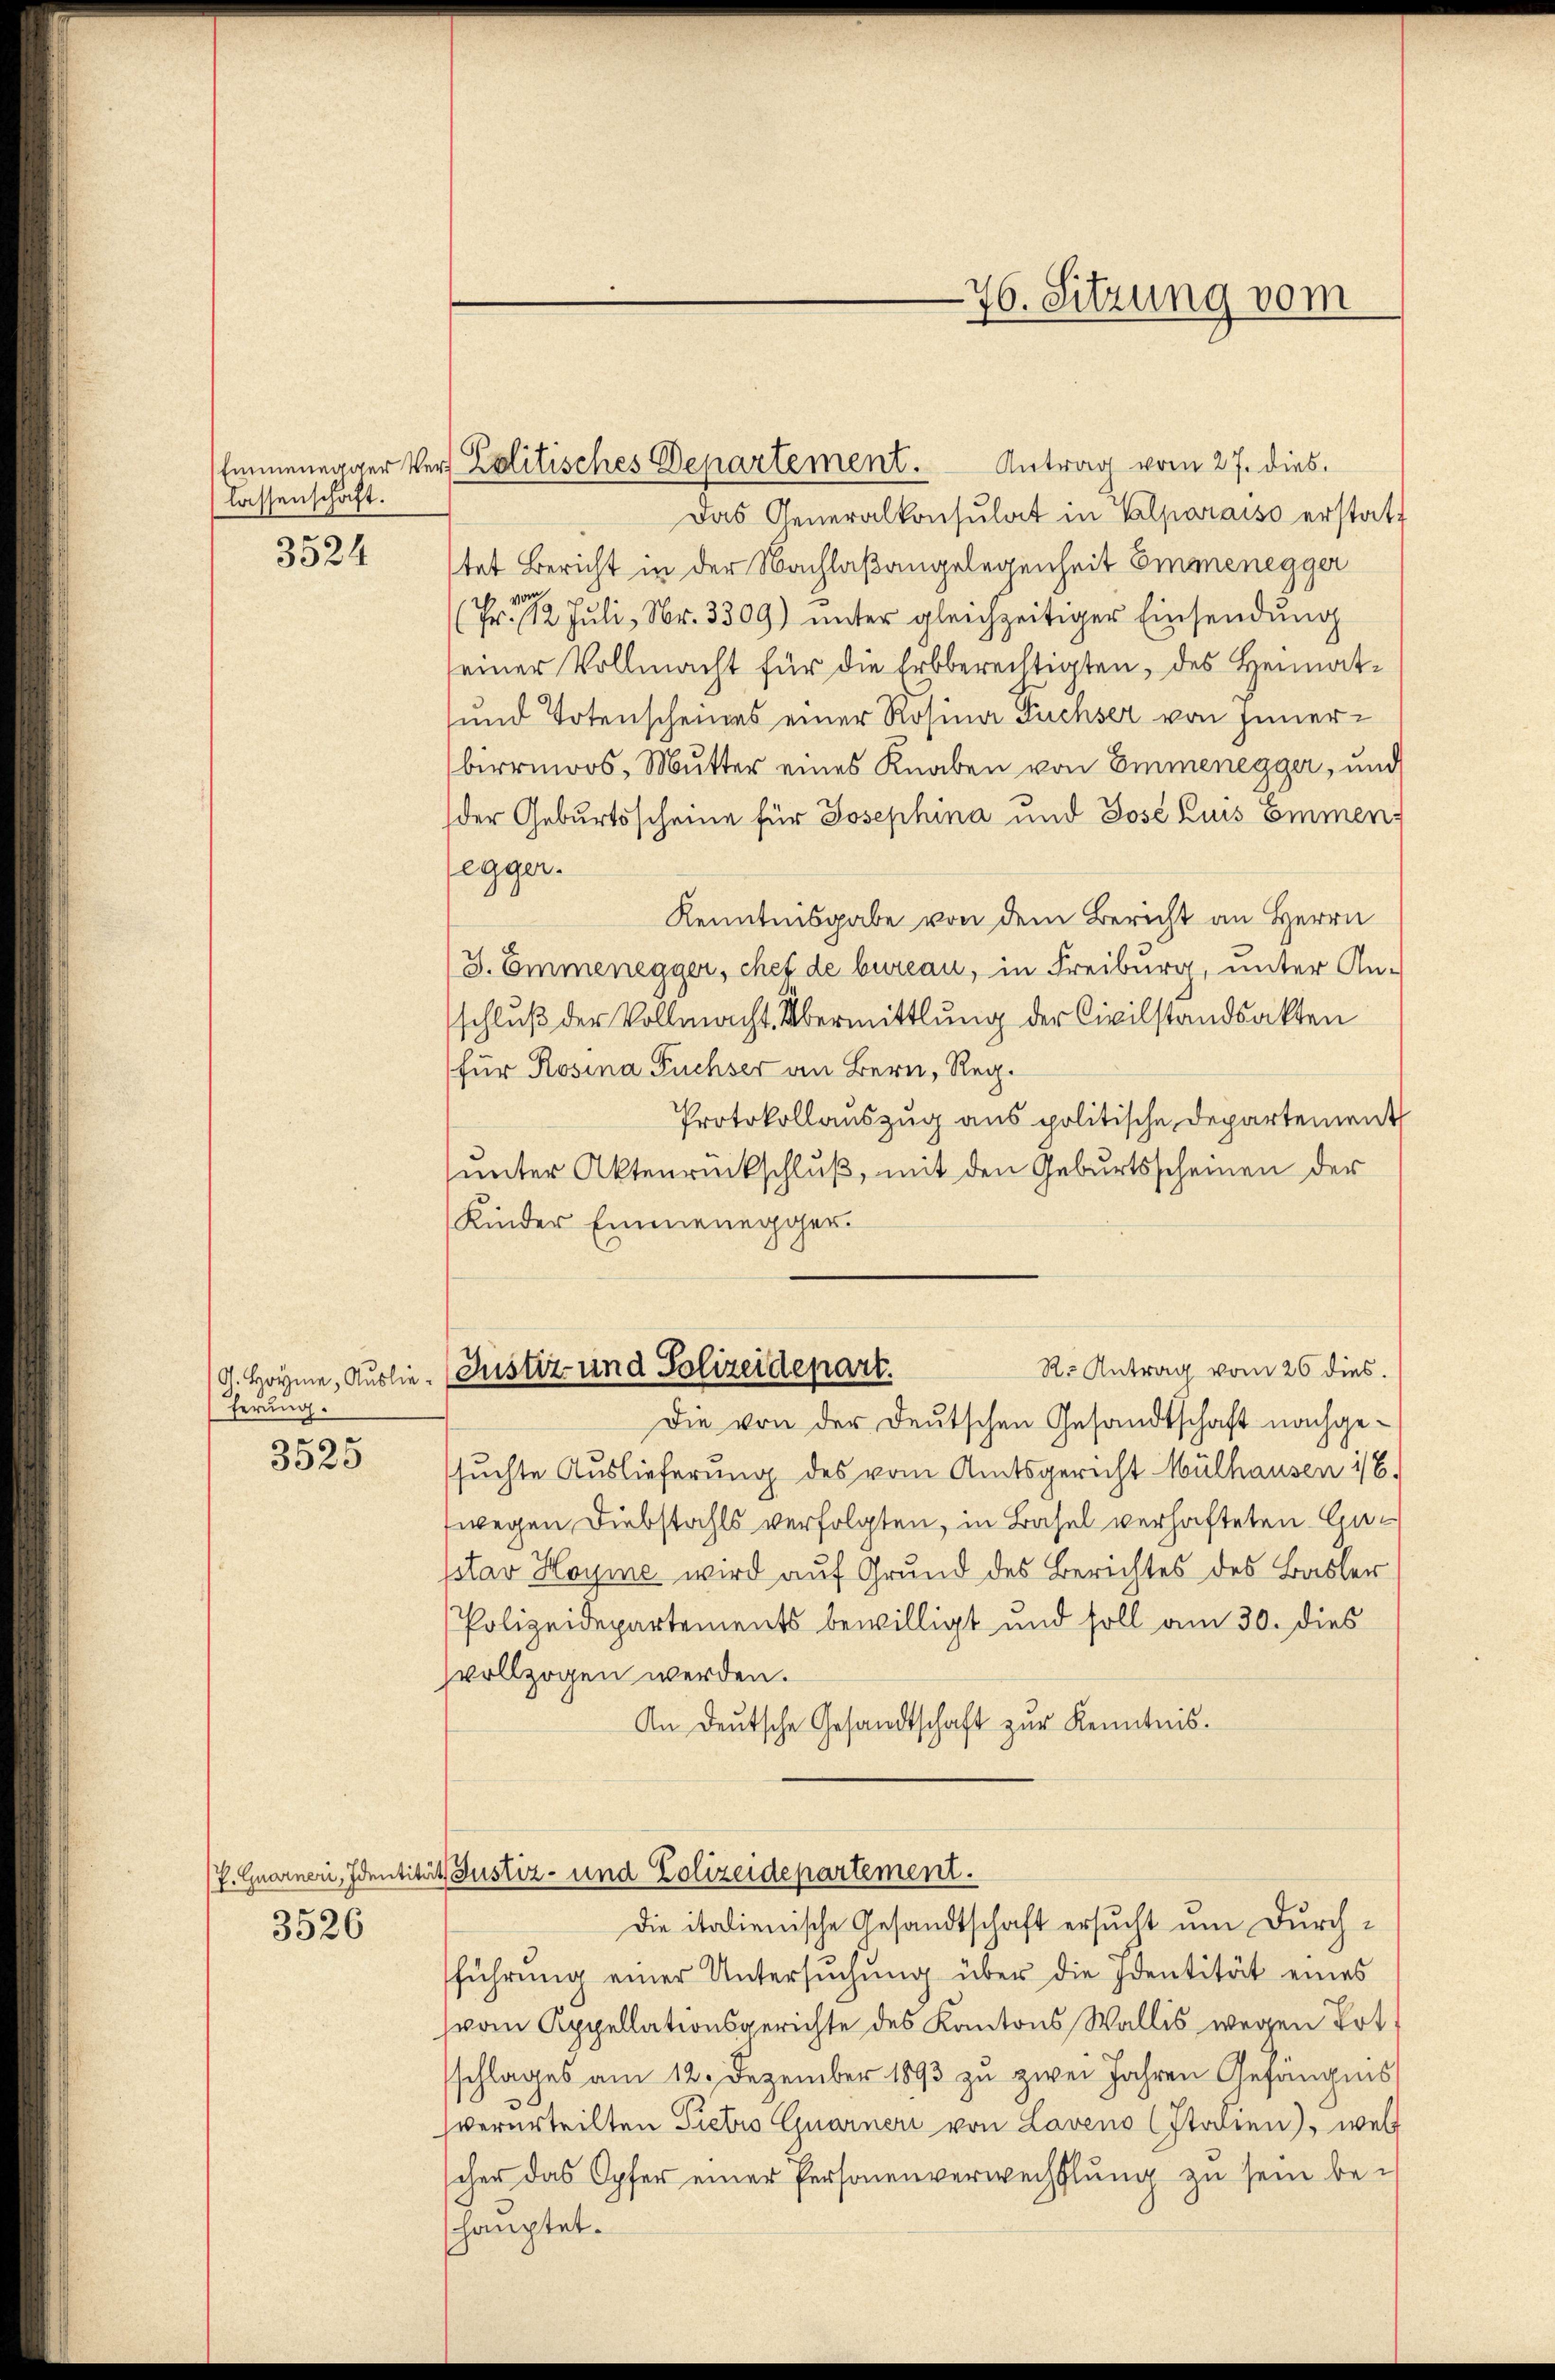
lassenschaft.
3524

ferung.
3525

3526

Emmenerger Verf Lolitisches Departement. Antrag vom 27. dies

76. Sitzung vom

Das Generalkonsulat in Valparaiso erstatt
stet Bericht in der Nachlaßangelegenheit Emmenegger
(Fr. 12 Juli, Nr. 3309) ŭnter gleichzeitiger Einsendŭng
seiner Vollmacht für die Erbberechtigten, des Heimat¬
und Totenscheines einer Rosina Fuchser von Innerbirrmoos, Mutter eines Knaben von Emmenegger, und
der Geburtsscheine für Josephina und Jose Luis Emmen,
egger.
Kenntnisgabe von dem Bericht an Herrn
J. Emmenegger, chef de bureau, in Freiburg, unter An-
schluß der Vollmacht. Übermittlung der Civilstandsakten
für Rosina Füchser an Bern, Reg¬
Protokollauszug aus politische Departement
ŭnter Aktenrückschluß, mit den Geburtsscheinen der
Kinder Emmenegger.
R. Antrag vom 26 dies.
G. Hoyme, Auslie- (Justiz- und Polizeidepart.
Die von der Deutschen Gesandtschaft nachgesuchte Auslieferung des vom Amtsgericht Mülhausen 1/6.
fwegen Diebstahls verfolgten, in Basel verhafteten Gapstav Hoyme wird auf Grund des Berichtes des Basler
Polizeidepartements bewilligt und soll am 30. dies
vollzogen werden.
An Deutsche Gesandtschaft zur Kenntnis.

P. Quarneri, Identitäts Justiz- und Polizeidepartement.
Die italienische Gesandtschaft ersucht um Durch¬

sführung einer Untersuchung über die Identität eines
vom Appellationsgerichte des Kantons Wallis wegen Ert
schlages am 12. Dezember 1893 zu zwei Jahren Gefängnis
verurteilten Pietis Quarneri von Laveno Italien), wel
scher das Opfer einer Personenverwechslung zu sein behauptet.